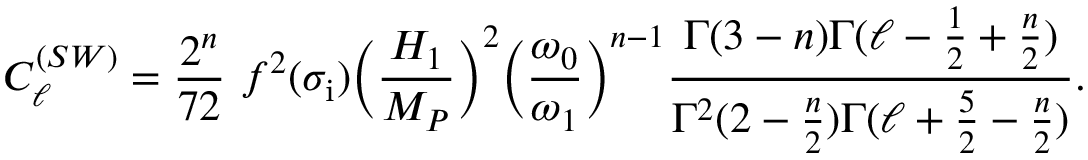
C _ { \ell } ^ { ( S W ) } = \frac { 2 ^ { n } } { 7 2 } ~ f ^ { 2 } ( \sigma _ { \mathrm { i } } ) \biggl ( \frac { H _ { 1 } } { M _ { P } } \biggr ) ^ { 2 } \biggl ( \frac { \omega _ { 0 } } { \omega _ { 1 } } \biggr ) ^ { n - 1 } \frac { \Gamma ( 3 - n ) \Gamma ( \ell - \frac { 1 } { 2 } + \frac { n } { 2 } ) } { \Gamma ^ { 2 } ( 2 - \frac { n } { 2 } ) \Gamma ( \ell + \frac { 5 } { 2 } - \frac { n } { 2 } ) } .